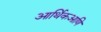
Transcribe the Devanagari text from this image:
आर्थिकआणि